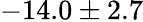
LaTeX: -14.0\pm 2.7